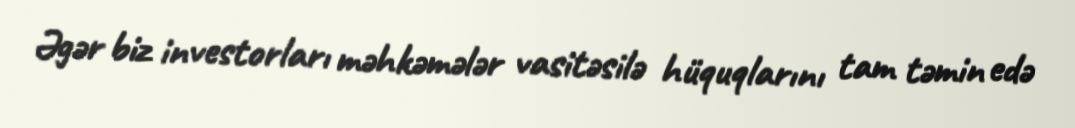
Əgər biz investorları məhkəmələr vasitəsilə hüquqlarını tam təmin edə